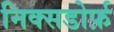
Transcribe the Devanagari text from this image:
निक्सडोर्फ़